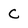
Character: C